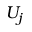
U _ { j }